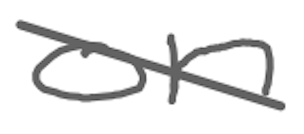
Text: on
Cross-out: diagonal
Writing tool: digital_gray